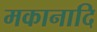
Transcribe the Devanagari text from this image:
मकानादि